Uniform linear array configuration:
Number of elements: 64
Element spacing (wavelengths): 1
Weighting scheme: uniform
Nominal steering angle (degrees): -30
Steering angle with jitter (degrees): -30.955
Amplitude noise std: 0.05
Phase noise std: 0.05

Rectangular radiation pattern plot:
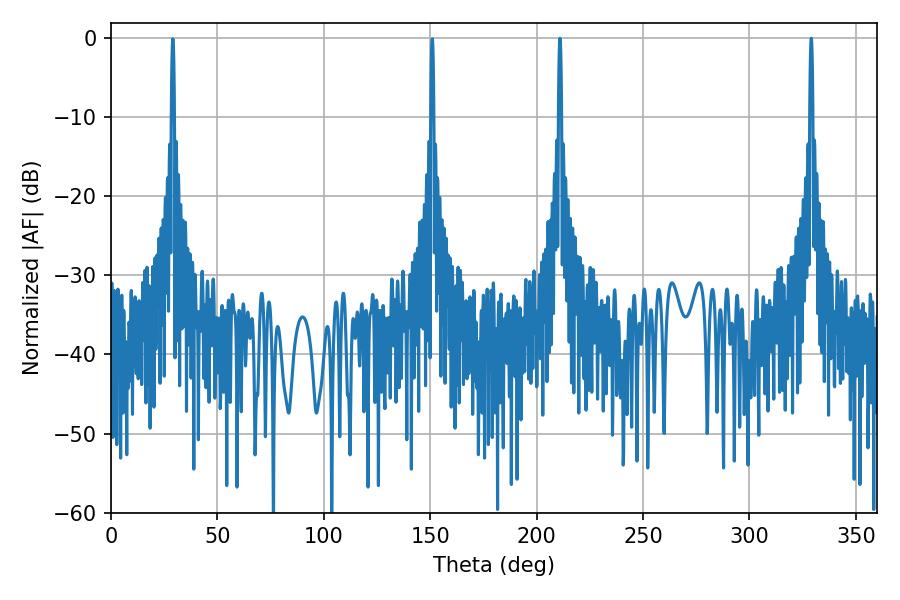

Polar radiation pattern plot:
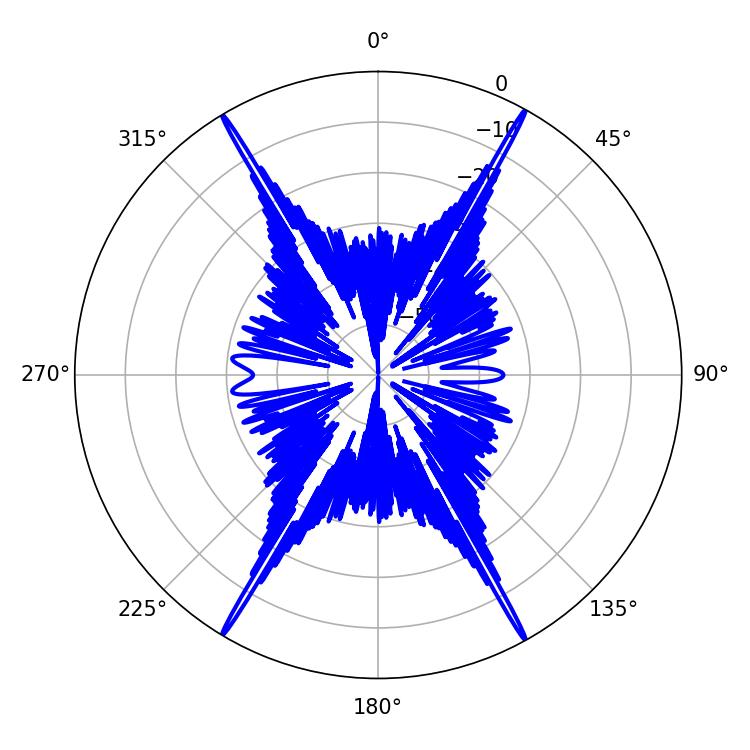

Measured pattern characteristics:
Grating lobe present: TRUE
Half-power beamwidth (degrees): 0.72
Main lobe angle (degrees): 329.04